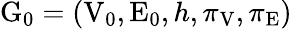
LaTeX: \mathrm{G}_{0}=\left(\mathrm{V}_{0},\mathrm{E}_{0},h,\pi_{\mathrm{V}},\pi_{\mathrm{E}}\right)